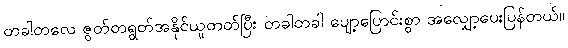
တခါတလေ ဇွတ်တရွတ်အနိုင်ယူတတ်ပြီး တခါတခါ ပျော့ပြောင်းစွာ အလျှော့ပေးပြန်တယ်။